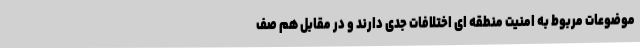
موضوعات مربوط به امنیت منطقه ای اختلافات جدی دارند و در مقابل هم صف